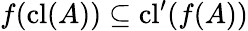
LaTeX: f(\operatorname{cl}(A))\subseteq\operatorname{cl}^{\prime}(f(A))